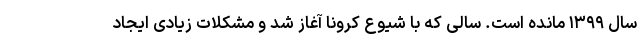
سال ۱۳۹۹ مانده است. سالی که با شیوع کرونا آغاز شد و مشکلات زیادی ایجاد